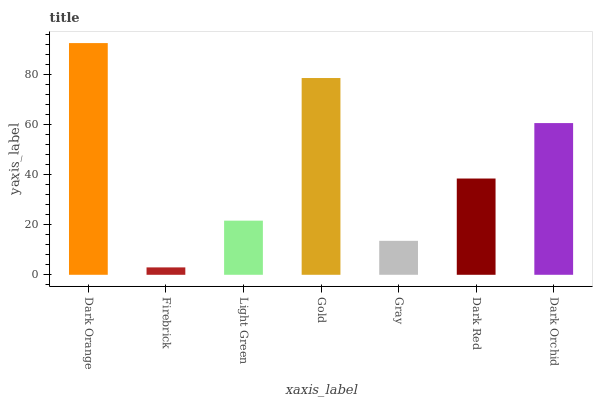
| xaxis_label | bars |
 | --- | --- |
 | Dark Orange | 92.5 |
 | Firebrick | 2.96 |
 | Light Green | 21.6 |
 | Gold | 78.6 |
 | Gray | 13.6 |
 | Dark Red | 38.4 |
 | Dark Orchid | 60.6 |